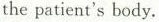
the patient's body.